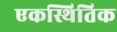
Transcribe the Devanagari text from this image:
एकस्थितिक